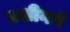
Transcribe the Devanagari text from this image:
मशीनने